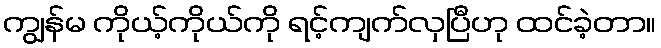
ကျွန်မ ကိုယ့်ကိုယ်ကို ရင့်ကျက်လှပြီဟု ထင်ခဲ့တာ။